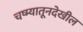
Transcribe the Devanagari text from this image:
चष्म्यातूनदेखील